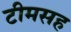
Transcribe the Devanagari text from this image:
टीमसह